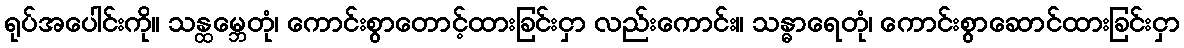
ရုပ်အပေါင်းကို။ သန္ထမ္ဘေတုံ၊ ကောင်းစွာတောင့်ထားခြင်းငှာ လည်းကောင်း။ သန္ဓာရေတုံ၊ ကောင်းစွာဆောင်ထားခြင်းငှာ